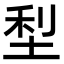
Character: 𫭴